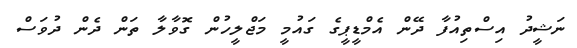
ނަޝީދު އިސްތިއުފާ ދޭން އެމްޑީޕީގެ ގައުމީ މަޖްލީހުން ގޮވާލާ ތަން ދެން ދުވަސް